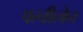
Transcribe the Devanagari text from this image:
पत्नीत्वेन